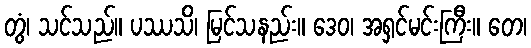
တွံ၊ သင်သည်။ ပဿသိ၊ မြင်သနည်း။ ဒေဝ၊ အရှင်မင်းကြီး။ တေ၊